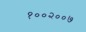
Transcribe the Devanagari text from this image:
१००२००७